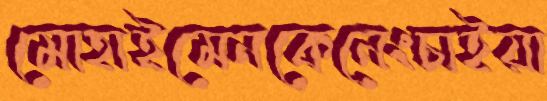
মোহাইমেনকেনেংচাইয়া